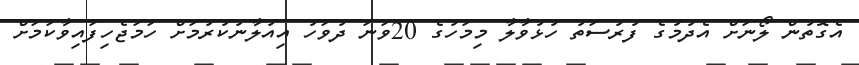
އެގޮތުން ލޯނަށް އެދުމުގެ ފުރުސަތު ހުޅުވާލާ މިމަހުގެ 20ވަނަ ދުވަހު އިއުލާނުކުރުމަށް ހަމަޖެހިފައިވާކަމަށް